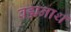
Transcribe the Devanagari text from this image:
ब्रह्मनाथ